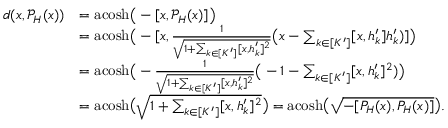
\begin{array} { r l } { d ( x , \mathcal { P } _ { H } ( x ) ) } & { = \mathrm { a c o s h } \big ( - [ x , \mathcal { P } _ { H } ( x ) ] \big ) } \\ & { = \mathrm { a c o s h } \big ( - [ x , \frac { 1 } { \sqrt { 1 + \sum _ { k \in [ K ^ { \prime } ] } [ x , h _ { k } ^ { \prime } ] ^ { 2 } } } \big ( x - \sum _ { k \in [ K ^ { \prime } ] } [ x , h _ { k } ^ { \prime } ] h _ { k } ^ { \prime } ) ] \big ) } \\ & { = \mathrm { a c o s h } \big ( - \frac { 1 } { \sqrt { 1 + \sum _ { k \in [ K ^ { \prime } ] } [ x , h _ { k } ^ { \prime } ] ^ { 2 } } } \big ( - 1 - \sum _ { k \in [ K ^ { \prime } ] } [ x , h _ { k } ^ { \prime } ] ^ { 2 } ) \big ) } \\ & { = \mathrm { a c o s h } \big ( \sqrt { 1 + \sum _ { k \in [ K ^ { \prime } ] } [ x , h _ { k } ^ { \prime } ] ^ { 2 } } \big ) = \mathrm { a c o s h } \big ( \sqrt { - [ P _ { H } ( x ) , P _ { H } ( x ) ] } \big ) . } \end{array}